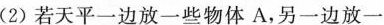
(2)若天平一边放一些物体A，另一边放一